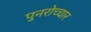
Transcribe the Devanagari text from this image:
पुनरोच्चार